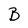
Character: B